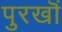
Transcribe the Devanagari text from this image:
पुरखॊं